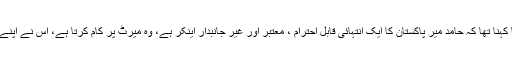
ٹویٹر پر پیغام جاری کرتے ہوئے ملک ریاض کا کہنا تھا کہ حامد میر پاکستان کا ایک انتہائی قابل احترام ، معتبر اور غیر جانبدار اینکر ہے، وہ میرٹ پر کام کرتا ہے، اس نے اپنے کیریئر میں ہمیشہ بغیر کسی ڈر کے کام کیا ہے۔